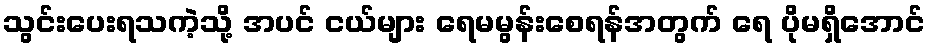
သွင်းပေးရသကဲ့သို့ အပင် ငယ်များ ရေမမွန်းစေရန်အတွက် ရေ ပိုမရှိအောင်